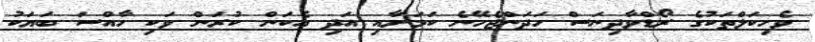
ވެހިކަލްތަކުގެ ރޯޑްވާދިނަސް ހަދަންޖެހޭނެ ކަމަށާއި އަދި އެކަން ކުރަން ވަކި ހާއްސަ ބަޔަކު